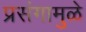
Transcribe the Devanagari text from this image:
प्रसंगामुळे